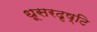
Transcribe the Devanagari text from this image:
धूसरदृष्टि